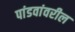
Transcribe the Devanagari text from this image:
पांडवांवरील